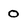
Character: 0